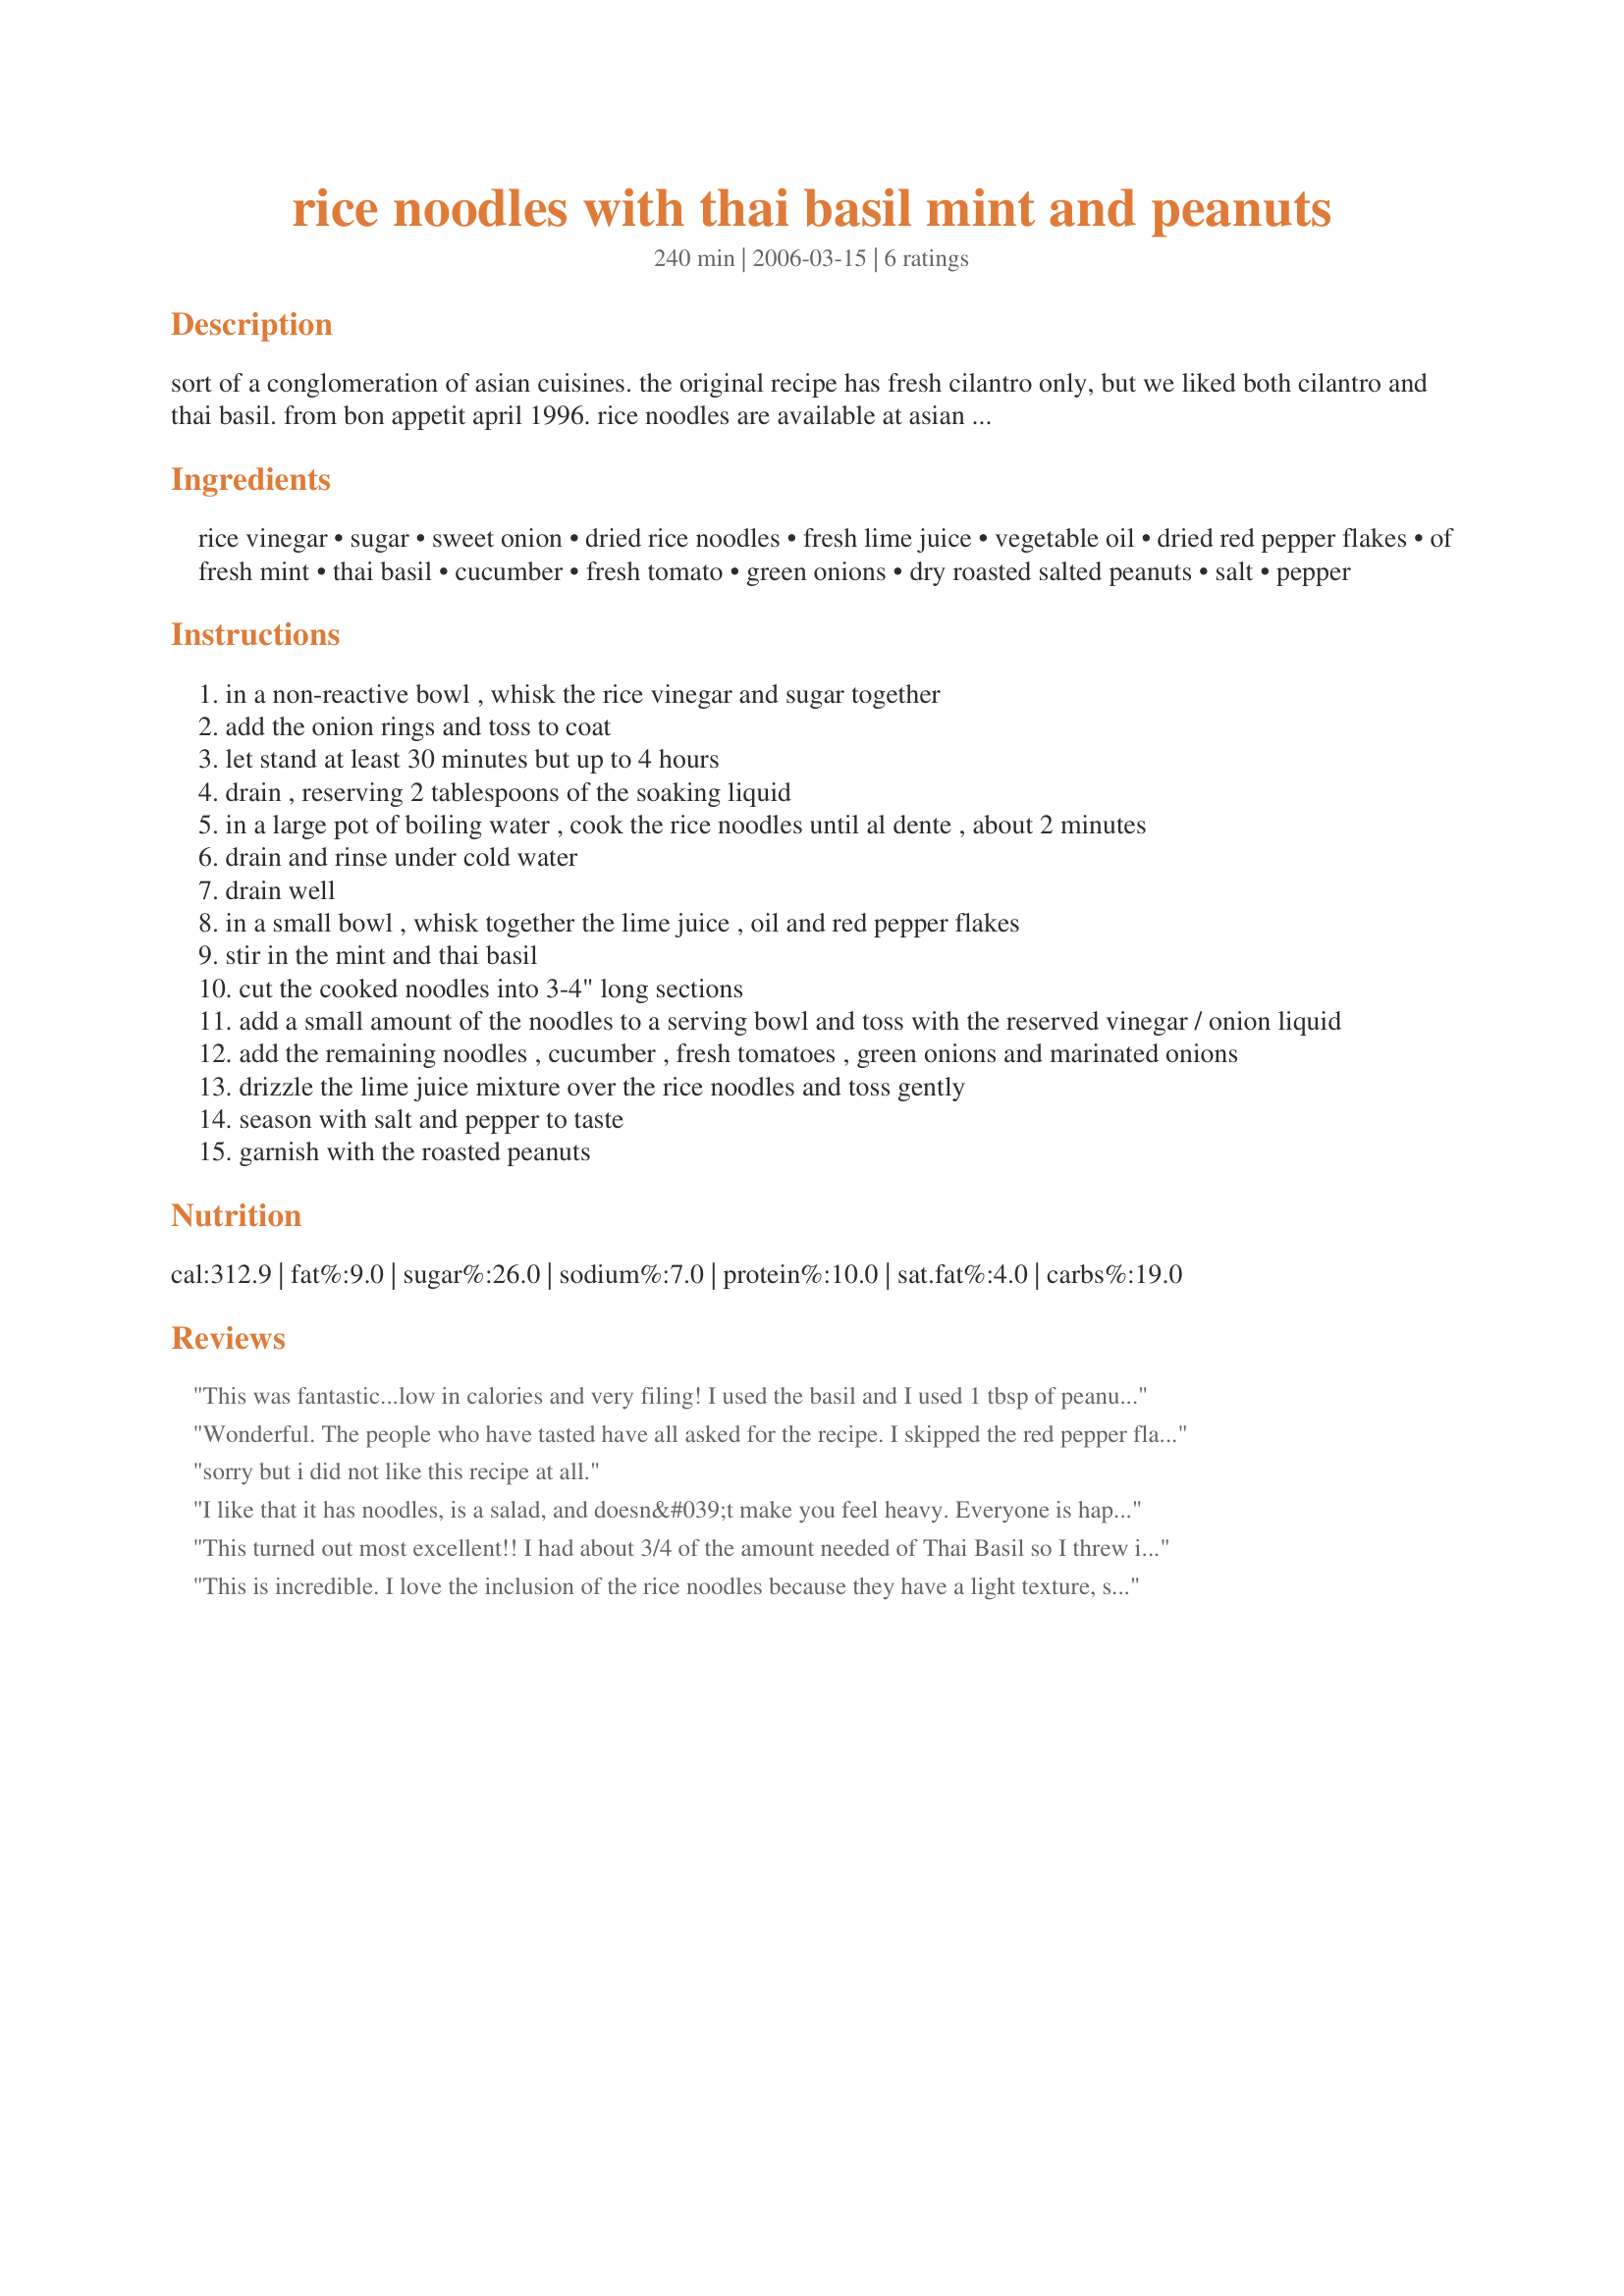
rice noodles with thai basil mint and peanuts
Preparation time: 240 minutes

sort of a conglomeration of asian cuisines. the original recipe has fresh cilantro only, but we liked both cilantro and thai basil. from bon appetit april 1996. rice noodles are available at asian markets. i also like to throw in a fresh tomato or two (sliced or diced) to the mix.

Ingredients:
rice vinegar, sugar, sweet onion, dried rice noodles, fresh lime juice, vegetable oil, dried red pepper flakes, of fresh mint, thai basil, cucumber, fresh tomato, green onions, dry roasted salted peanuts, salt, pepper

Steps:
in a non-reactive bowl , whisk the rice vinegar and sugar together
add the onion rings and toss to coat
let stand at least 30 minutes but up to 4 hours
drain , reserving 2 tablespoons of the soaking liquid
in a large pot of boiling water , cook the rice noodles until al dente , about 2 minutes
drain and rinse under cold water
drain well
in a small bowl , whisk together the lime juice , oil and red pepper flakes
stir in the mint and thai basil
cut the cooked noodles into 3-4" long sections
add a small amount of the noodles to a serving bowl and toss with the reserved vinegar / onion liquid
add the remaining noodles , cucumber , fresh tomatoes , green onions and marinated onions
drizzle the lime juice mixture over the rice noodles and toss gently
season with salt and pepper to taste
garnish with the roasted peanuts

Reviews:
This was fantastic...low in calories and very filing! I used the basil and I used 1 tbsp of peanut butter instead of dry peanuts.
Wonderful. The people who have tasted have all asked for the recipe. I skipped the red pepper flakes but did everything else-used thai basil. It is so refreshing and tastes so summery!!! A refreshing summer salad. Thanks.
sorry but i did not like this recipe at all.
I like that it has noodles, is a salad, and doesn&#039;t make you feel heavy. Everyone is happy. I too could have used a bit more sauce, and ended up putting just a hint of light soy sauce to wet it somewhat. I used cilantro, which is a family favorite herb.
This turned out most excellent!! I had about 3/4 of the amount needed of Thai Basil so I threw in cilantro for the rest and it was very good. Very light and summery tasting but super filling! The only issue was that there wasn't enough liquid sauce stuff...it was a bit dry. I'm sure that's the way its supposed to be but for us it left us wanting some type of wetness there. Maybe just doubling the oil/lime would do the trick next time. However it was super delicious & we will be making it again!!! Thanks so much CG!! RecipeNap for Veg*n Swap 33!!
This is incredible. I love the inclusion of the rice noodles because they have a light texture, soak up a "light" sauce/dressing/marinade without over-powering the rest of the ingredients. 
I've tucked this recipe away and will definitely make it again. I made this for the "Use Your Noodle" August Tag Game in the Asian Forum.
